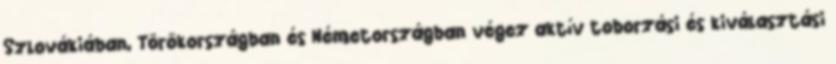
Szlovákiában, Törökországban és Németországban végez aktív toborzási és kiválasztási